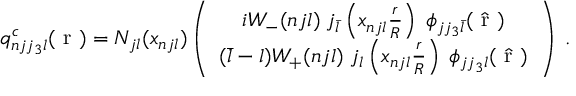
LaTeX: q _ { n j j _ { 3 } l } ^ { c } ( \mathrm { \boldmath ~ r ~ } ) = N _ { j l } ( x _ { n j l } ) \left( \begin{array} { c } { { i W _ { - } ( n j l ) \; j _ { \bar { l } } \left( x _ { n j l } \frac { r } { R } \right) \; \phi _ { j j _ { 3 } \bar { l } } ( \hat { \mathrm { \boldmath ~ r ~ } } ) } } \\ { { ( \bar { l } - l ) W _ { + } ( n j l ) \; j _ { l } \left( x _ { n j l } \frac { r } { R } \right) \; \phi _ { j j _ { 3 } l } ( \hat { \mathrm { \boldmath ~ r ~ } } ) } } \end{array} \right) \; .